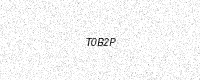
Text: T0B2P